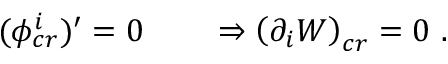
( \phi _ { c r } ^ { i } ) ^ { \prime } = 0 \qquad \Rightarrow \left( \partial _ { i } W \right) _ { c r } = 0 \ .